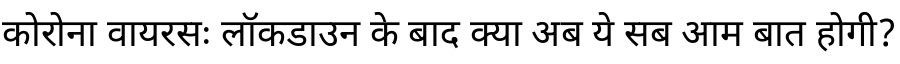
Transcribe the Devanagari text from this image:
कोरोना वायरसः लॉकडाउन के बाद क्या अब ये सब आम बात होगी?